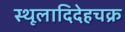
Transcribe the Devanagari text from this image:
स्थूलादिदेहचक्र